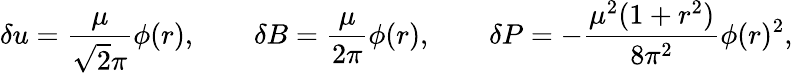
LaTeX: \delta u=\frac{\mu}{\sqrt{2}\pi}\phi(r),\quad\quad\delta B=\frac{\mu}{2\pi}\phi(r),\quad\quad\delta P=-\frac{\mu^{2}(1+r^{2})}{8\pi^{2}}\phi(r)^{2},